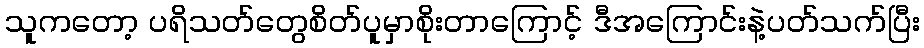
သူကတော့ ပရိသတ်တွေစိတ်ပူမှာစိုးတာကြောင့် ဒီအကြောင်းနဲ့ပတ်သက်ပြီး